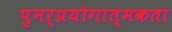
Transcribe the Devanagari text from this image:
पुनर्प्रयोगात्मकता